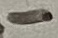
Text: -